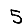
Digit: 5